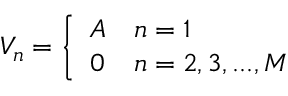
V _ { n } = \left\{ \begin{array} { c l } { A } & { n = 1 } \\ { 0 } & { n = 2 , 3 , . . . , M } \end{array} \right.